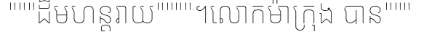
"""ដ៏មហន្តរាយ""""។លោកម៉ាក្រុង បាន"""